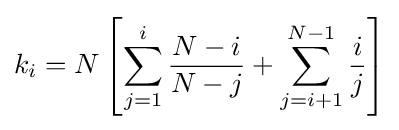
k_{i}=N\left[\sum _{j=1}^{i}{\frac {N-i}{N-j}}+\sum _{j=i+1}^{N-1}{\frac {i}{j}}\right]